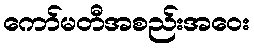
ကော်မတီအစည်းအဝေး